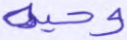
وحيه